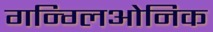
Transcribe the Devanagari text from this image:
गन्ग्लिओनिक